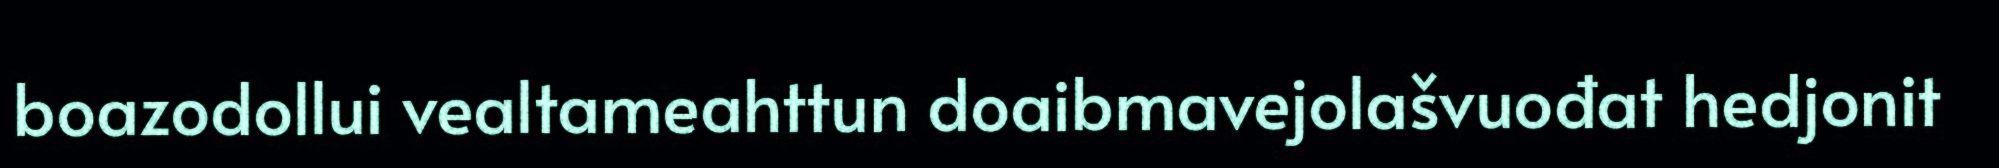
boazodollui vealtameahttun doaibmavejolašvuođat hedjonit